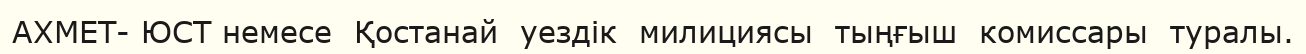
АХМЕТ- ЮСТ немесе  Қостанай  уездік  милициясы  тыңғыш  комиссары  туралы.